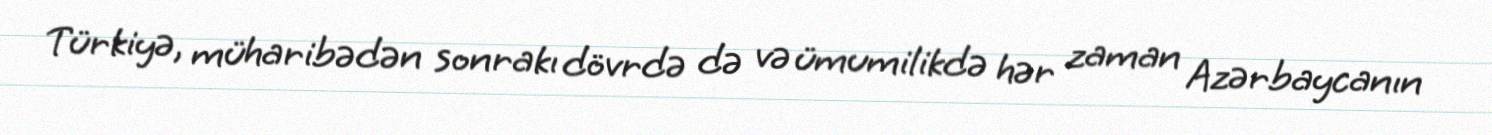
Türkiyə, müharibədən sonrakı dövrdə də və ümumilikdə hər zaman Azərbaycanın